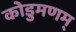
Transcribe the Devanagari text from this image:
कोडुमणम्